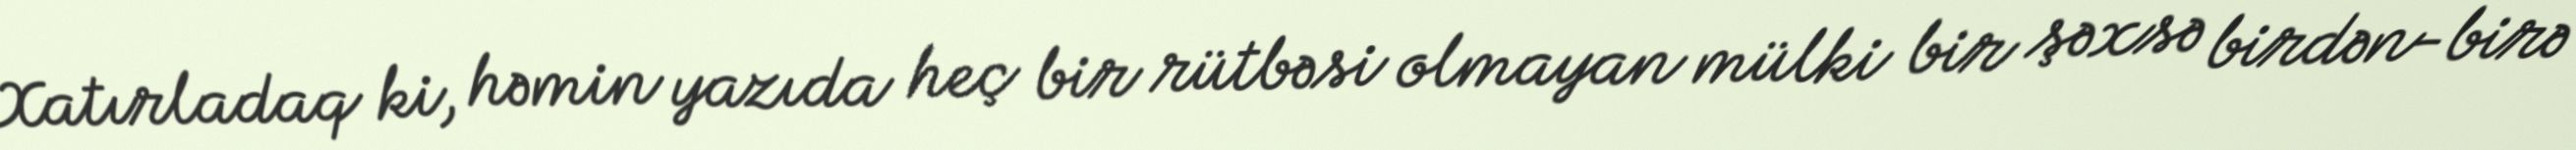
Xatırladaq ki, həmin yazıda heç bir rütbəsi olmayan mülki bir şəxsə birdən-birə